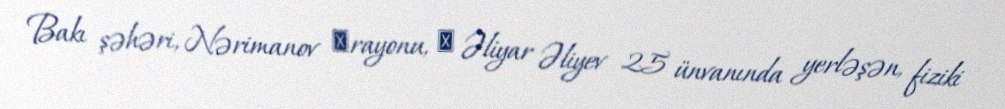
Bakı şəhəri, Nərimanov ‎rayonu, ‎ Əliyar Əliyev 25 ünvanında yerləşən, fiziki